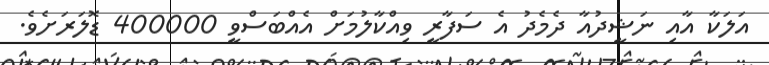
އަލަކާ އާއި ނަޝީދުއާ ދެމެދު އެ ސަފާރީ ވިއްކާލުމަށް އެއްބަސްވީ 400000 ޑޮލަރަށެވެ.